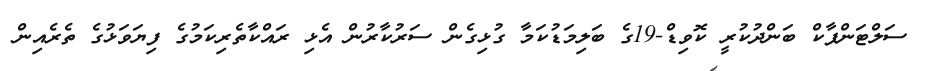
ސަލްޓަންޕާކް ބަންދުކުރީ ކޮވިޑް-19ގެ ބަލިމަޑުކަމާ ގުޅިގެން ސަރުކާރުން އެޅި ރައްކާތެރިކަމުގެ ފިޔަވަޅުގެ ތެރެއިން